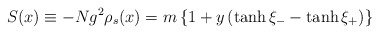
\begin{align*}S(x) \equiv - Ng^{2}\rho_{s}(x) = m \left\{1+y\left(\tanh \xi_{-}-\tanh\xi_{+}\right)\right\}\end{align*}